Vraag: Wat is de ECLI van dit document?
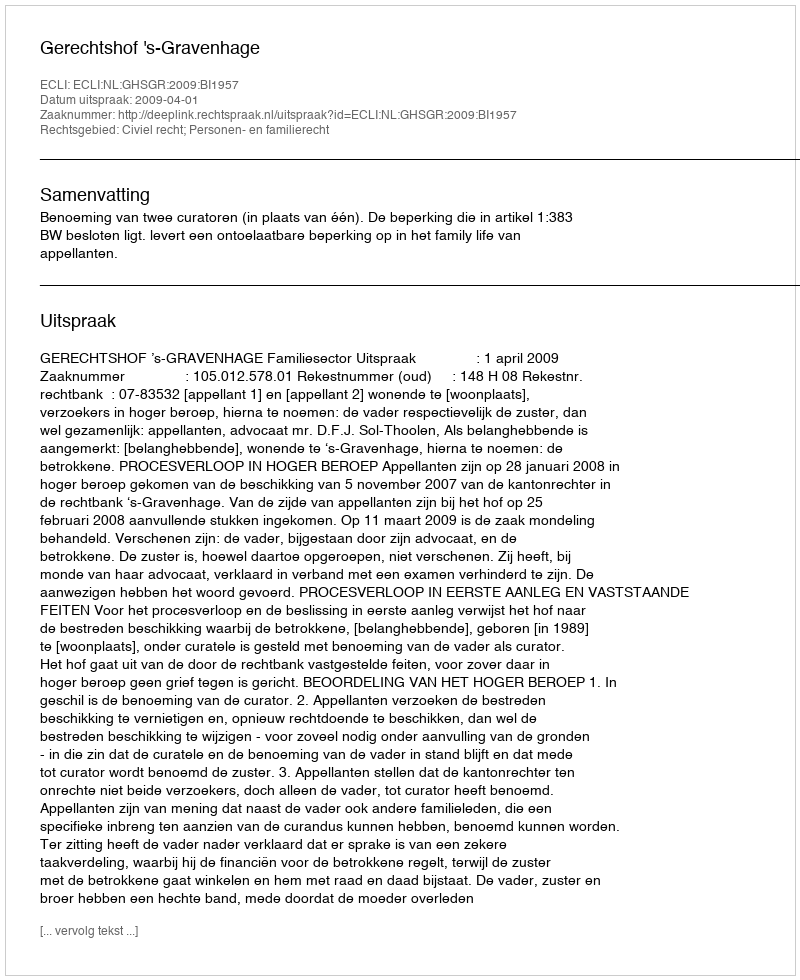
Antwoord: ECLI:NL:GHSGR:2009:BI1957